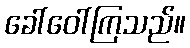
ခေါ်ဝေါ်ကြသည်။